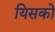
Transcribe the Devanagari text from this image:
यिसको